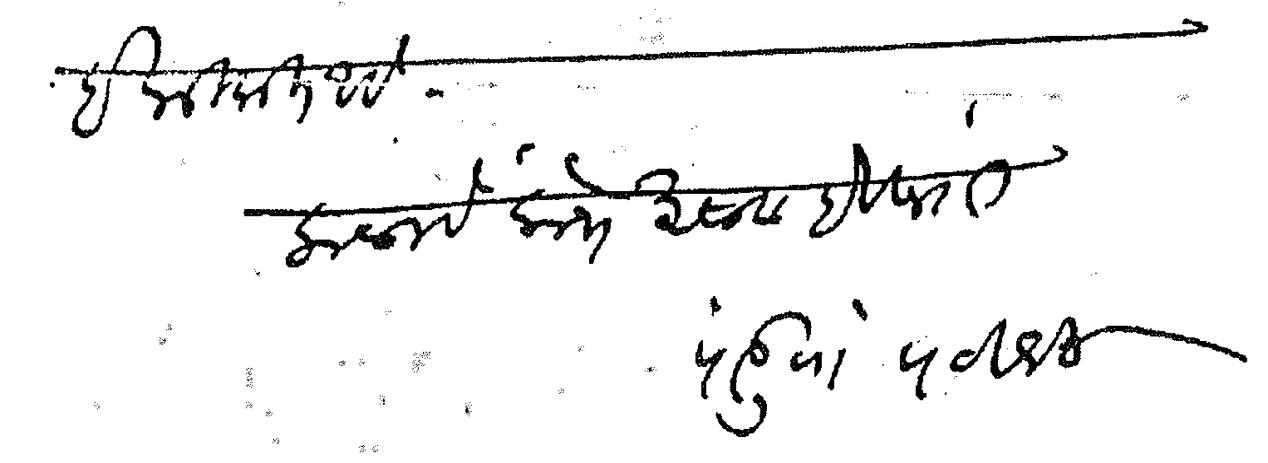
Transliteration (Devanagari): हकीकत आहे कळावे लोभ असावा हे विनती पांडुरंग पटवर्धन